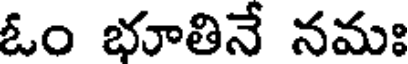
ఓం భూతినే నమః